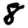
Digit: 8